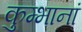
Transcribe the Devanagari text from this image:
कुम्भानां